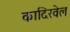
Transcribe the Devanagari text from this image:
कादिरवेल